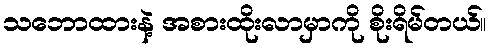
သဘောထားနဲ့ အစားထိုးလာမှာကို စိုးရိမ်တယ်။